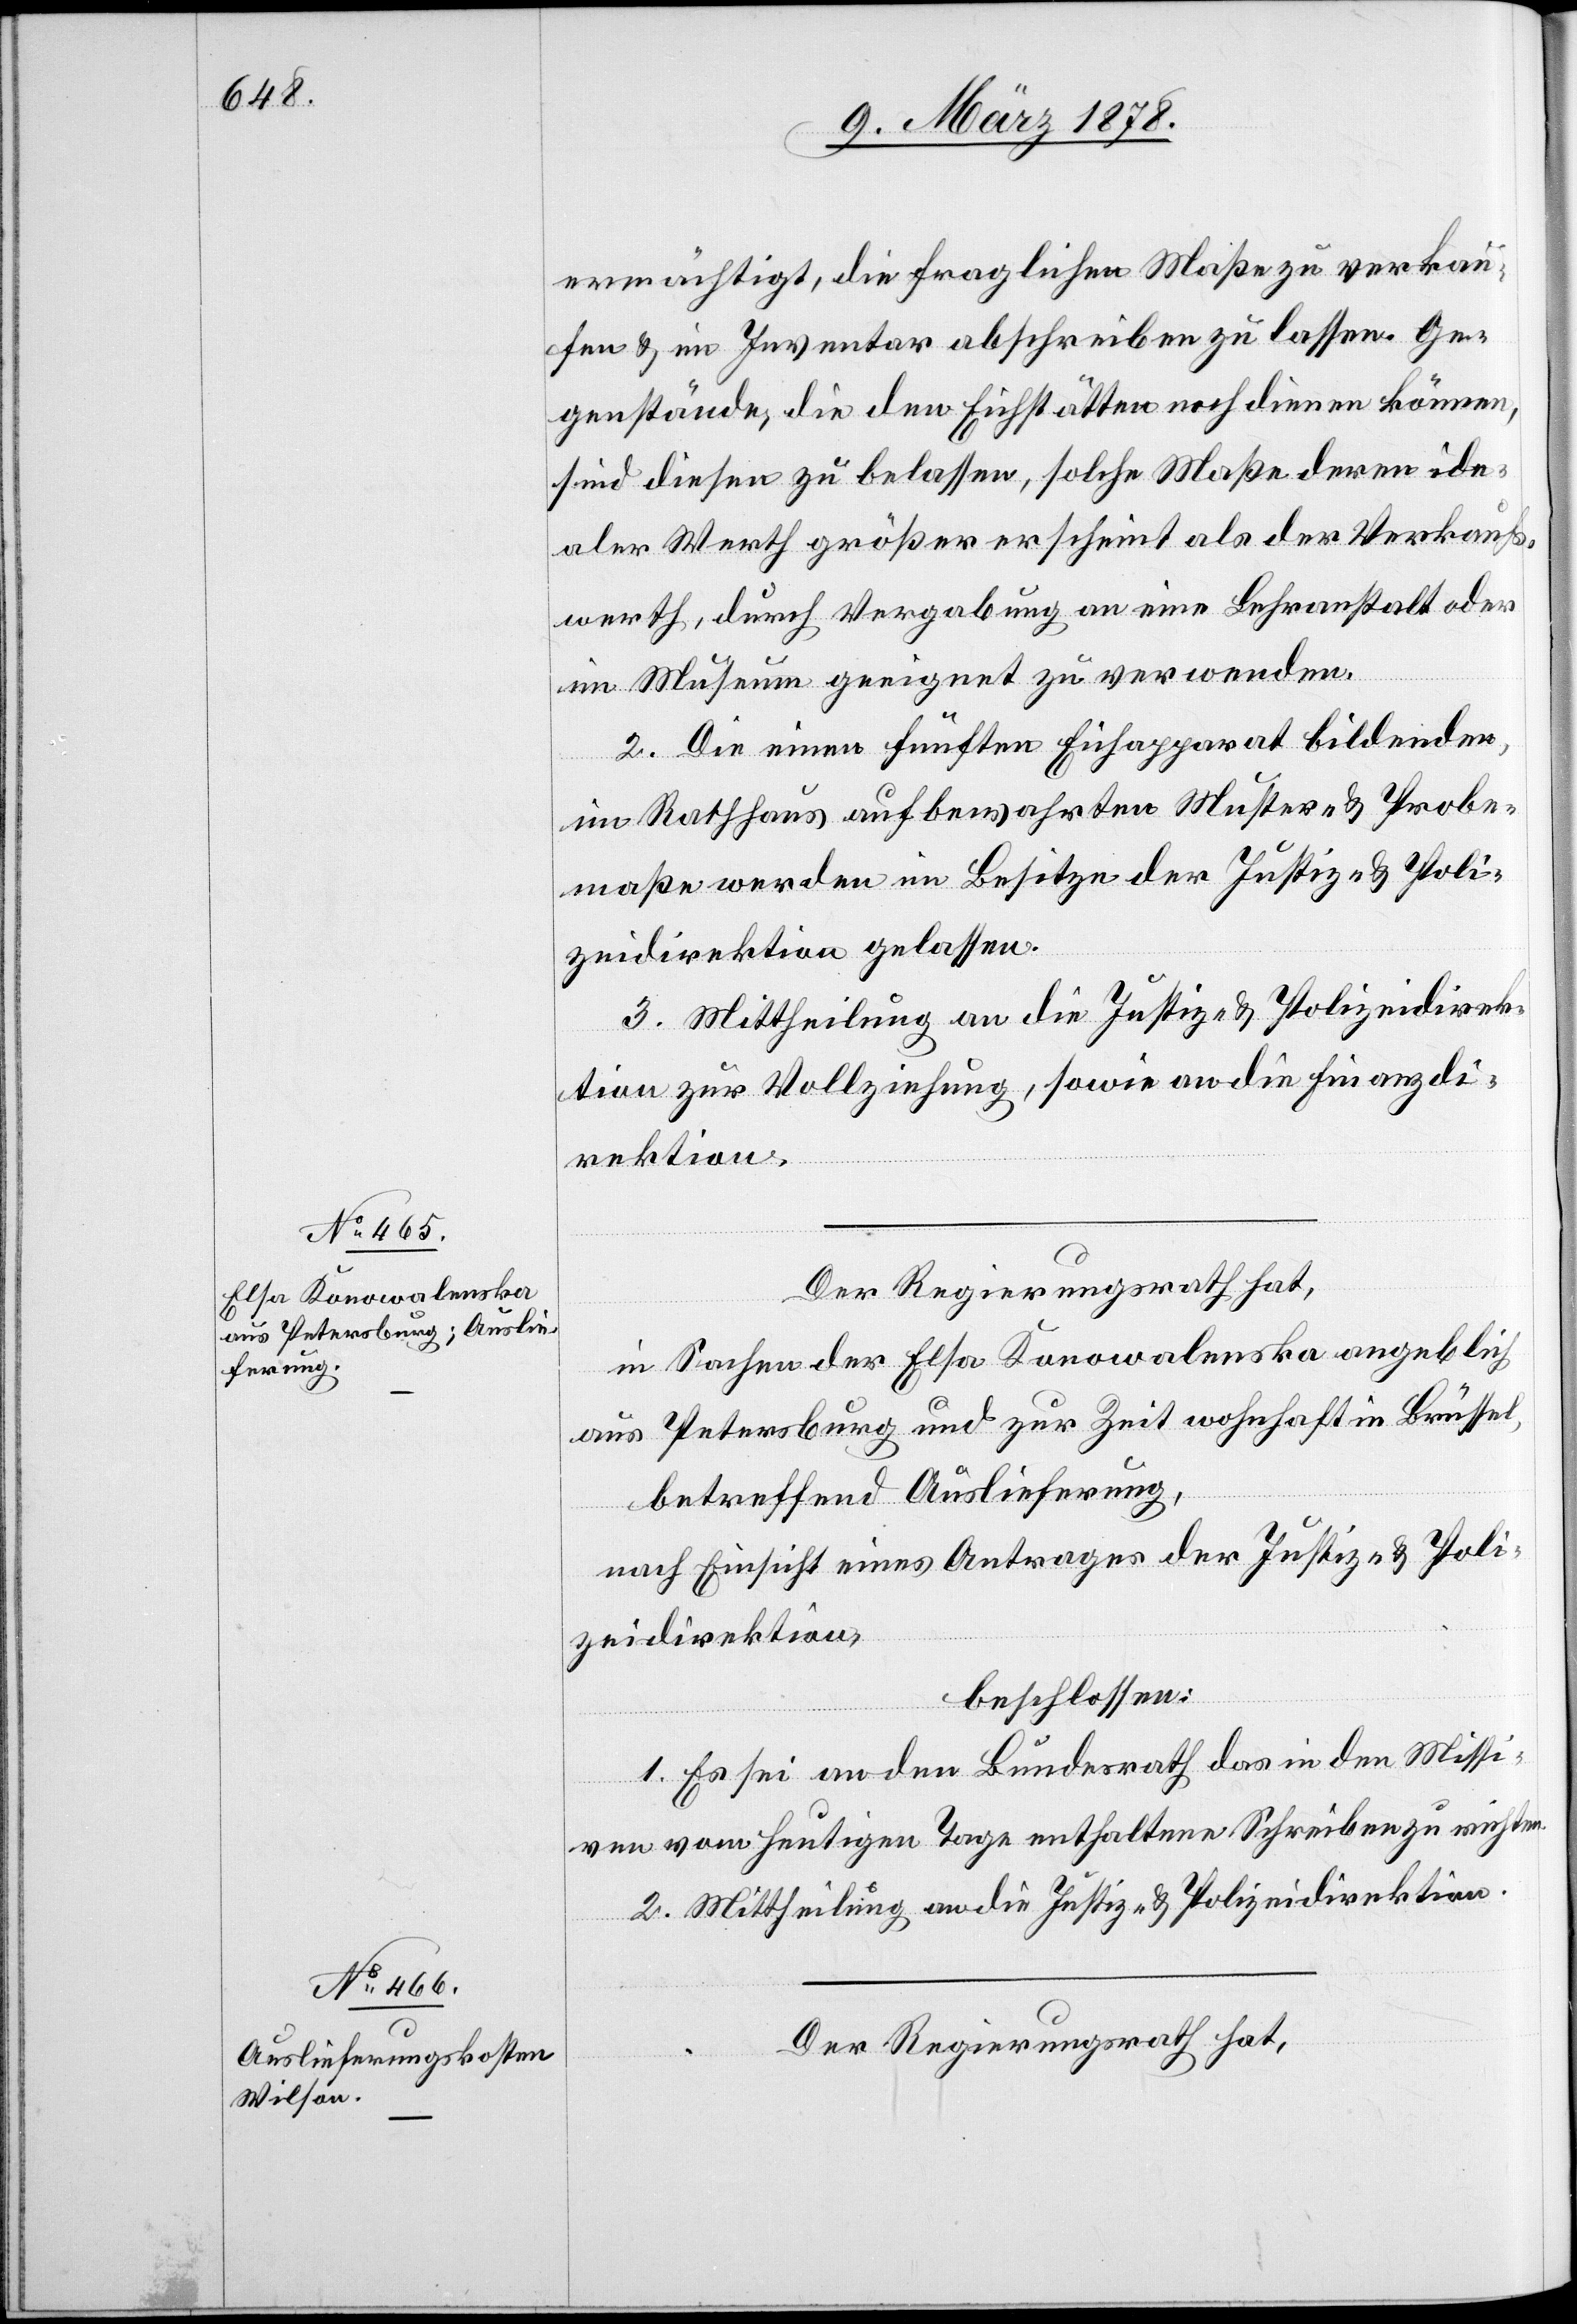
ermächtigt, die fraglichen Maße zu verkau¬
fen & im Inventar abschreiben zu lassen. Ge¬
genstände, die den Eichstätten noch dienen können,
sind diesen zu belassen, solche Maße deren ide¬
aler Werth größer erscheint als der Verkaufs¬
werth, durch Vergabung an eine Lehranstalt oder
im Museum geeignet zu verwenden.
2. Die einen fünften Eichapparat bildenden,
im Rathhaus aufbewahrten Muster- & Probe¬
maße werden im Besitze der Justiz- & Poli¬
zeidirektion gelassen.
3. Mittheilung an die Justiz- & Polizeidirek¬
tion zur Vollziehung, sowie an die Finanzdi¬
rektion.
Der Regierungsrath hat,
in Sachen der Elsa Konowalenska angeblich
aus Petersburg und zur Zeit wohnhaft in Brüssel,
betreffend Auslieferung,
nach Einsicht eines Antrages der Justiz- & Poli¬
zeidirektion,
beschlossen:
1. Es sei an den Bundesrath das in den Missi¬
ven vom heutigen Tage enthaltene Schreiben zu richten.
2. Mittheilung an die Justiz- & Polizeidirektion.
Der Regierungsrath hat,